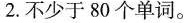
2.不少于80个单词。